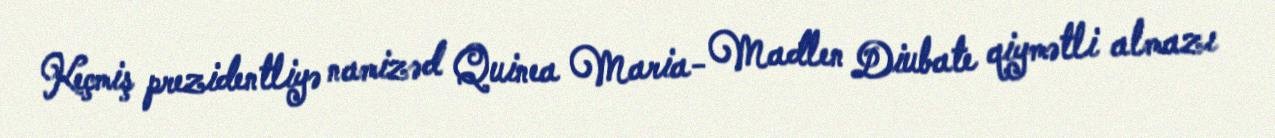
Keçmiş prezidentliyə namizəd Quinea Maria- Madlen Diubate qiymətli almazı